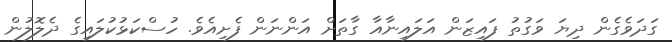
ގަދަވެގެން ދިޔަ ވަގުތު ފައިޒަން އަލައިނާއާ ގާތަށް އަންނަން ފެށިއެވެ. ހުސްކަޅުކުލައިގެ ދެލޮލުން